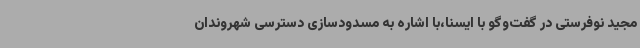
مجید نوفرستی در گفت‌وگو با ایسنا،با اشاره به مسدودسازی دسترسی شهروندان